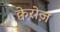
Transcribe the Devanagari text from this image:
क्वेरोज़